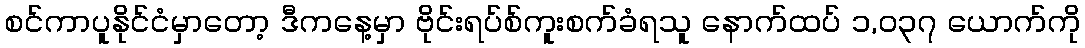
စင်ကာပူနိုင်ငံမှာတော့ ဒီကနေ့မှာ ဗိုင်းရပ်စ်ကူးစက်ခံရသူ နောက်ထပ် ၁,၀၃၇ ယောက်ကို